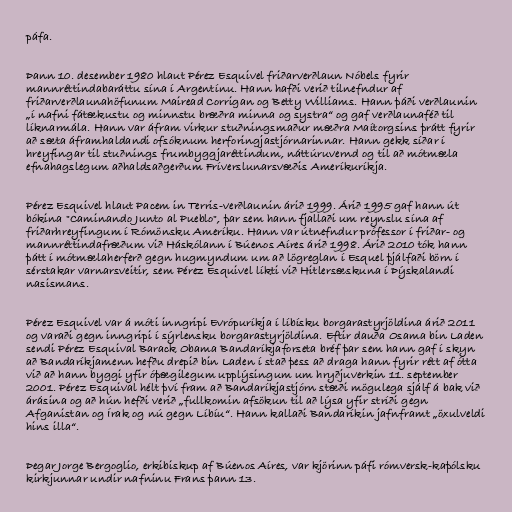
páfa.

Þann 10. desember 1980 hlaut Pérez Esquivel friðarverðlaun Nóbels fyrir
mannréttindabaráttu sína í Argentínu. Hann hafði verið tilnefndur af
friðarverðlaunahöfunum Mairead Corrigan og Betty Williams. Hann þáði verðlaunin
„í nafni fátækustu og minnstu bræðra minna og systra“ og gaf verðlaunaféð til
líknarmála. Hann var áfram virkur stuðningsmaður mæðra Maítorgsins þrátt fyrir
að sæta áframhaldandi ofsóknum herforingjastjórnarinnar. Hann gekk síðar í
hreyfingar til stuðnings frumbyggjaréttindum, náttúruvernd og til að mótmæla
efnahagslegum aðhaldsaðgerðum Fríverslunarsvæðis Ameríkuríkja.

Pérez Esquivel hlaut Pacem in Terris-verðlaunin árið 1999. Árið 1995 gaf hann út
bókina "Caminando Junto al Pueblo", þar sem hann fjallaði um reynslu sína af
friðarhreyfingum í Rómönsku Ameríku. Hann var útnefndur prófessor í friðar- og
mannréttindafræðum við Háskólann í Búenos Aíres árið 1998. Árið 2010 tók hann
þátt í mótmælaherferð gegn hugmyndum um að lögreglan í Esquel þjálfaði börn í
sérstakar varnarsveitir, sem Pérez Esquivel líkti við Hitlersæskuna í Þýskalandi
nasismans.

Pérez Esquivel var á móti inngripi Evrópuríkja í líbísku borgarastyrjöldina árið 2011
og varaði gegn inngripi í sýrlensku borgarastyrjöldina. Eftir dauða Osama bin Laden
sendi Pérez Esquival Barack Obama Bandaríkjaforseta bréf þar sem hann gaf í skyn
að Bandaríkjamenn hefðu drepið bin Laden í stað þess að draga hann fyrir rétt af ótta
við að hann byggi yfir óþægilegum upplýsingum um hryðjuverkin 11. september
2001. Pérez Esquival hélt því fram að Bandaríkjastjórn stæði mögulega sjálf á bak við
árásina og að hún hefði verið „fullkomin afsökun til að lýsa yfir stríði gegn
Afganistan og Írak og nú gegn Líbíu“. Hann kallaði Bandaríkin jafnframt „öxulveldi
hins illa“.

Þegar Jorge Bergoglio, erkibiskup af Búenos Aíres, var kjörinn páfi rómversk-kaþólsku
kirkjunnar undir nafninu Frans þann 13.